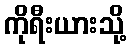
ကိုရီးယားသို့